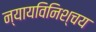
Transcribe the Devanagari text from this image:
न्यायविनिश्चय